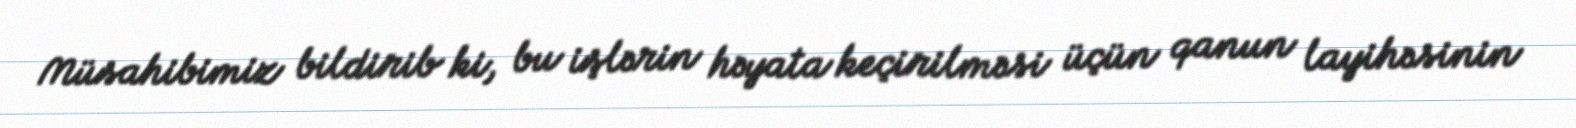
Müsahibimiz bildirib ki, bu işlərin həyata keçirilməsi üçün qanun layihəsinin